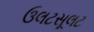
ઉલટસૂલટ